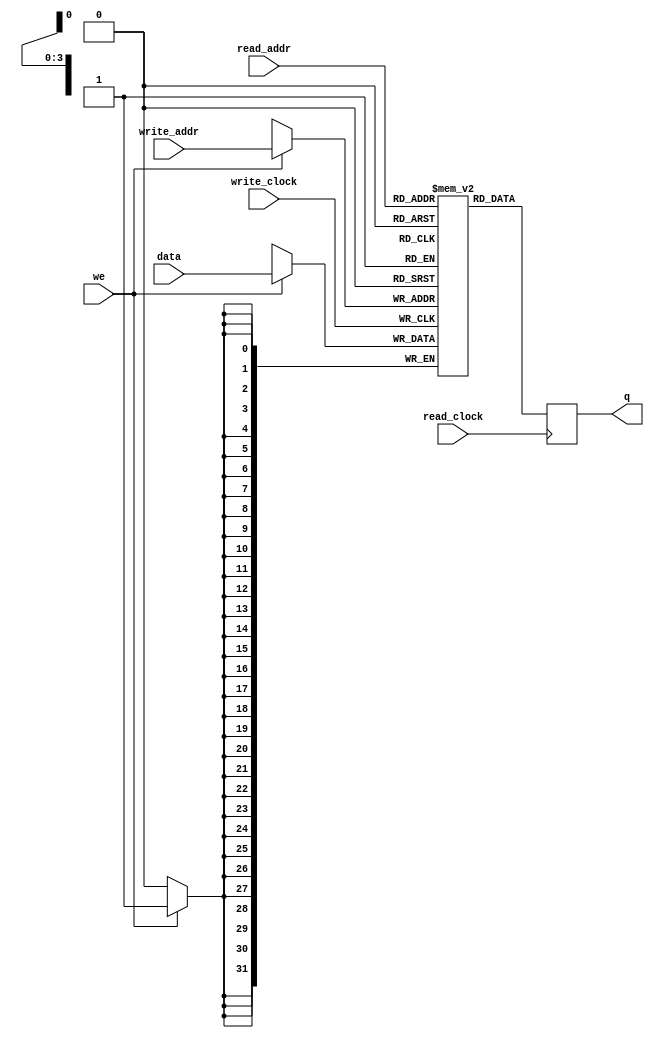
/*module memoriaDeDados(data, saida, addr0, DataType, EscMen, LerMen, clk);
//parameter DATA_WIDTH=8, ADDR_WIDTH=12;

input [31:0] data;
input [7:0] addr0;
input EscMen, LerMen, clk;
input[1:0] DataType;
output[31:0] saida;

reg[31:0] out;
reg [7:0] ram[127:0];

wire[7:0] addr1, addr2, addr3;

assign saida = out;
assign addr1 = addr0 + 8'b1;
assign addr2 = addr1 + 8'b1;
assign addr3 = addr2 + 8'b1;

always @ (negedge clk)
begin
	if (EscMen)
	begin
		if(DataType == 2'b00 || DataType == 2'b11)
		begin
			ram[addr3] <= data[31:24];
			ram[addr2] <= data[23:16];
			ram[addr1] <= data[15:8];
			ram[addr0] <= data[7:0];
		end
		else if(DataType == 2'b01)
		begin
			ram[addr1] <= data[15:8]; 
			ram[addr0] <= data[7:0];
		end
		else if(DataType == 2'b10)
		begin
			ram[addr0] <= data[7:0];
		end
	end	
end

always @ (posedge clk)
begin
	if(LerMen)
	begin
		if(DataType[0])
		begin
			out = {16'b0, ram[addr1], ram[addr0]};
		end
		else if(DataType[1])
		begin
			out = {24'b0, ram[addr0]};
		end
		else
		begin
			out = {ram[addr3], ram[addr2], ram[addr1], ram[addr0]};
		end
	end
end

endmodule*/

// Quartus Prime Verilog Template
// Simple Dual Port RAM with separate read/write addresses and
// separate read/write clocks

module memoriaDeDados
#(parameter DATA_WIDTH=32, parameter ADDR_WIDTH=4)
(
	input [31:0] data,
	input [(ADDR_WIDTH-1):0] read_addr, write_addr,
	input we, read_clock, write_clock,
	output reg [(DATA_WIDTH-1):0] q
);
	
	// Declare the RAM variable
	reg [DATA_WIDTH-1:0] ram[2**ADDR_WIDTH-1:0];
	
	always @ (negedge write_clock)
	begin
		// Write
		if (we)
				ram[write_addr] <= data;
	end
	
	always @ (posedge read_clock)
	begin
		// Read 
		q <= ram[read_addr];
	end
	
endmodule